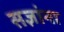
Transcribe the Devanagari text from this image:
सज्ञांना